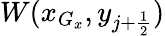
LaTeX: W(x_{G_{x}},y_{j+\frac{1}{2}})